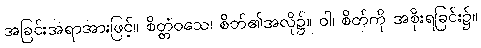
အခြင်းအရာအားဖြင့်။ စိတ္တံဝသေ၊ စိတ်၏အလို၌။ ဝါ၊ စိတ်ကို အစိုးရခြင်း၌။